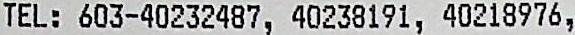
TEL: 603-40232487, 40238191, 40218976,